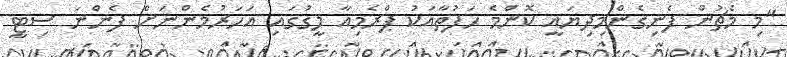
"މި މެޗުން ފެނިގެންމިދިޔައީ ކޮންމެ ހަފުތާއަކު ޕްރެމިއާ ލީގުގައި އަހަރުމެންނަށް ފެންނަ ސިޓީ